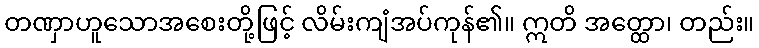
တဏှာဟူသောအစေးတို့ဖြင့် လိမ်းကျံအပ်ကုန်၏။ ဣတိ အတ္ထော၊ တည်း။